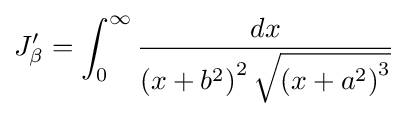
J_{\beta }^{\prime }=\int _{0}^{\infty }{\frac {dx}{\left(x+b^{2}\right)^{2}{\sqrt {\left(x+a^{2}\right)^{3}}}}}